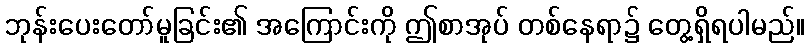
ဘုန်းပေးတော်မူခြင်း၏ အကြောင်းကို ဤစာအုပ် တစ်နေရာ၌ တွေ့ရှိရပါမည်။